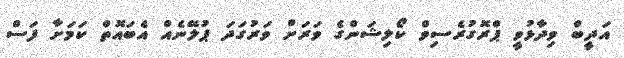
އަދީބް ވިދާޅުވީ ޕްރޮގުރެސިވް ކޯލިޝަންގެ ވަރަށް ވަރުގަދަ ޕުލޭނެއް އެބައޮތް ކަމަށާ ފަސް